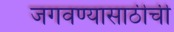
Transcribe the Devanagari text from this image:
जगवण्यासाठीची